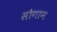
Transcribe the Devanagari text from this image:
सोगान